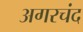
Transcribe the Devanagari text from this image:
अगरचंद